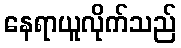
နေရာယူလိုက်သည်